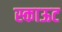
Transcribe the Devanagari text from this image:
स्काऊट